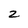
Character: 2